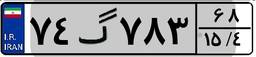
۷۴گ۷۸۳۶۸